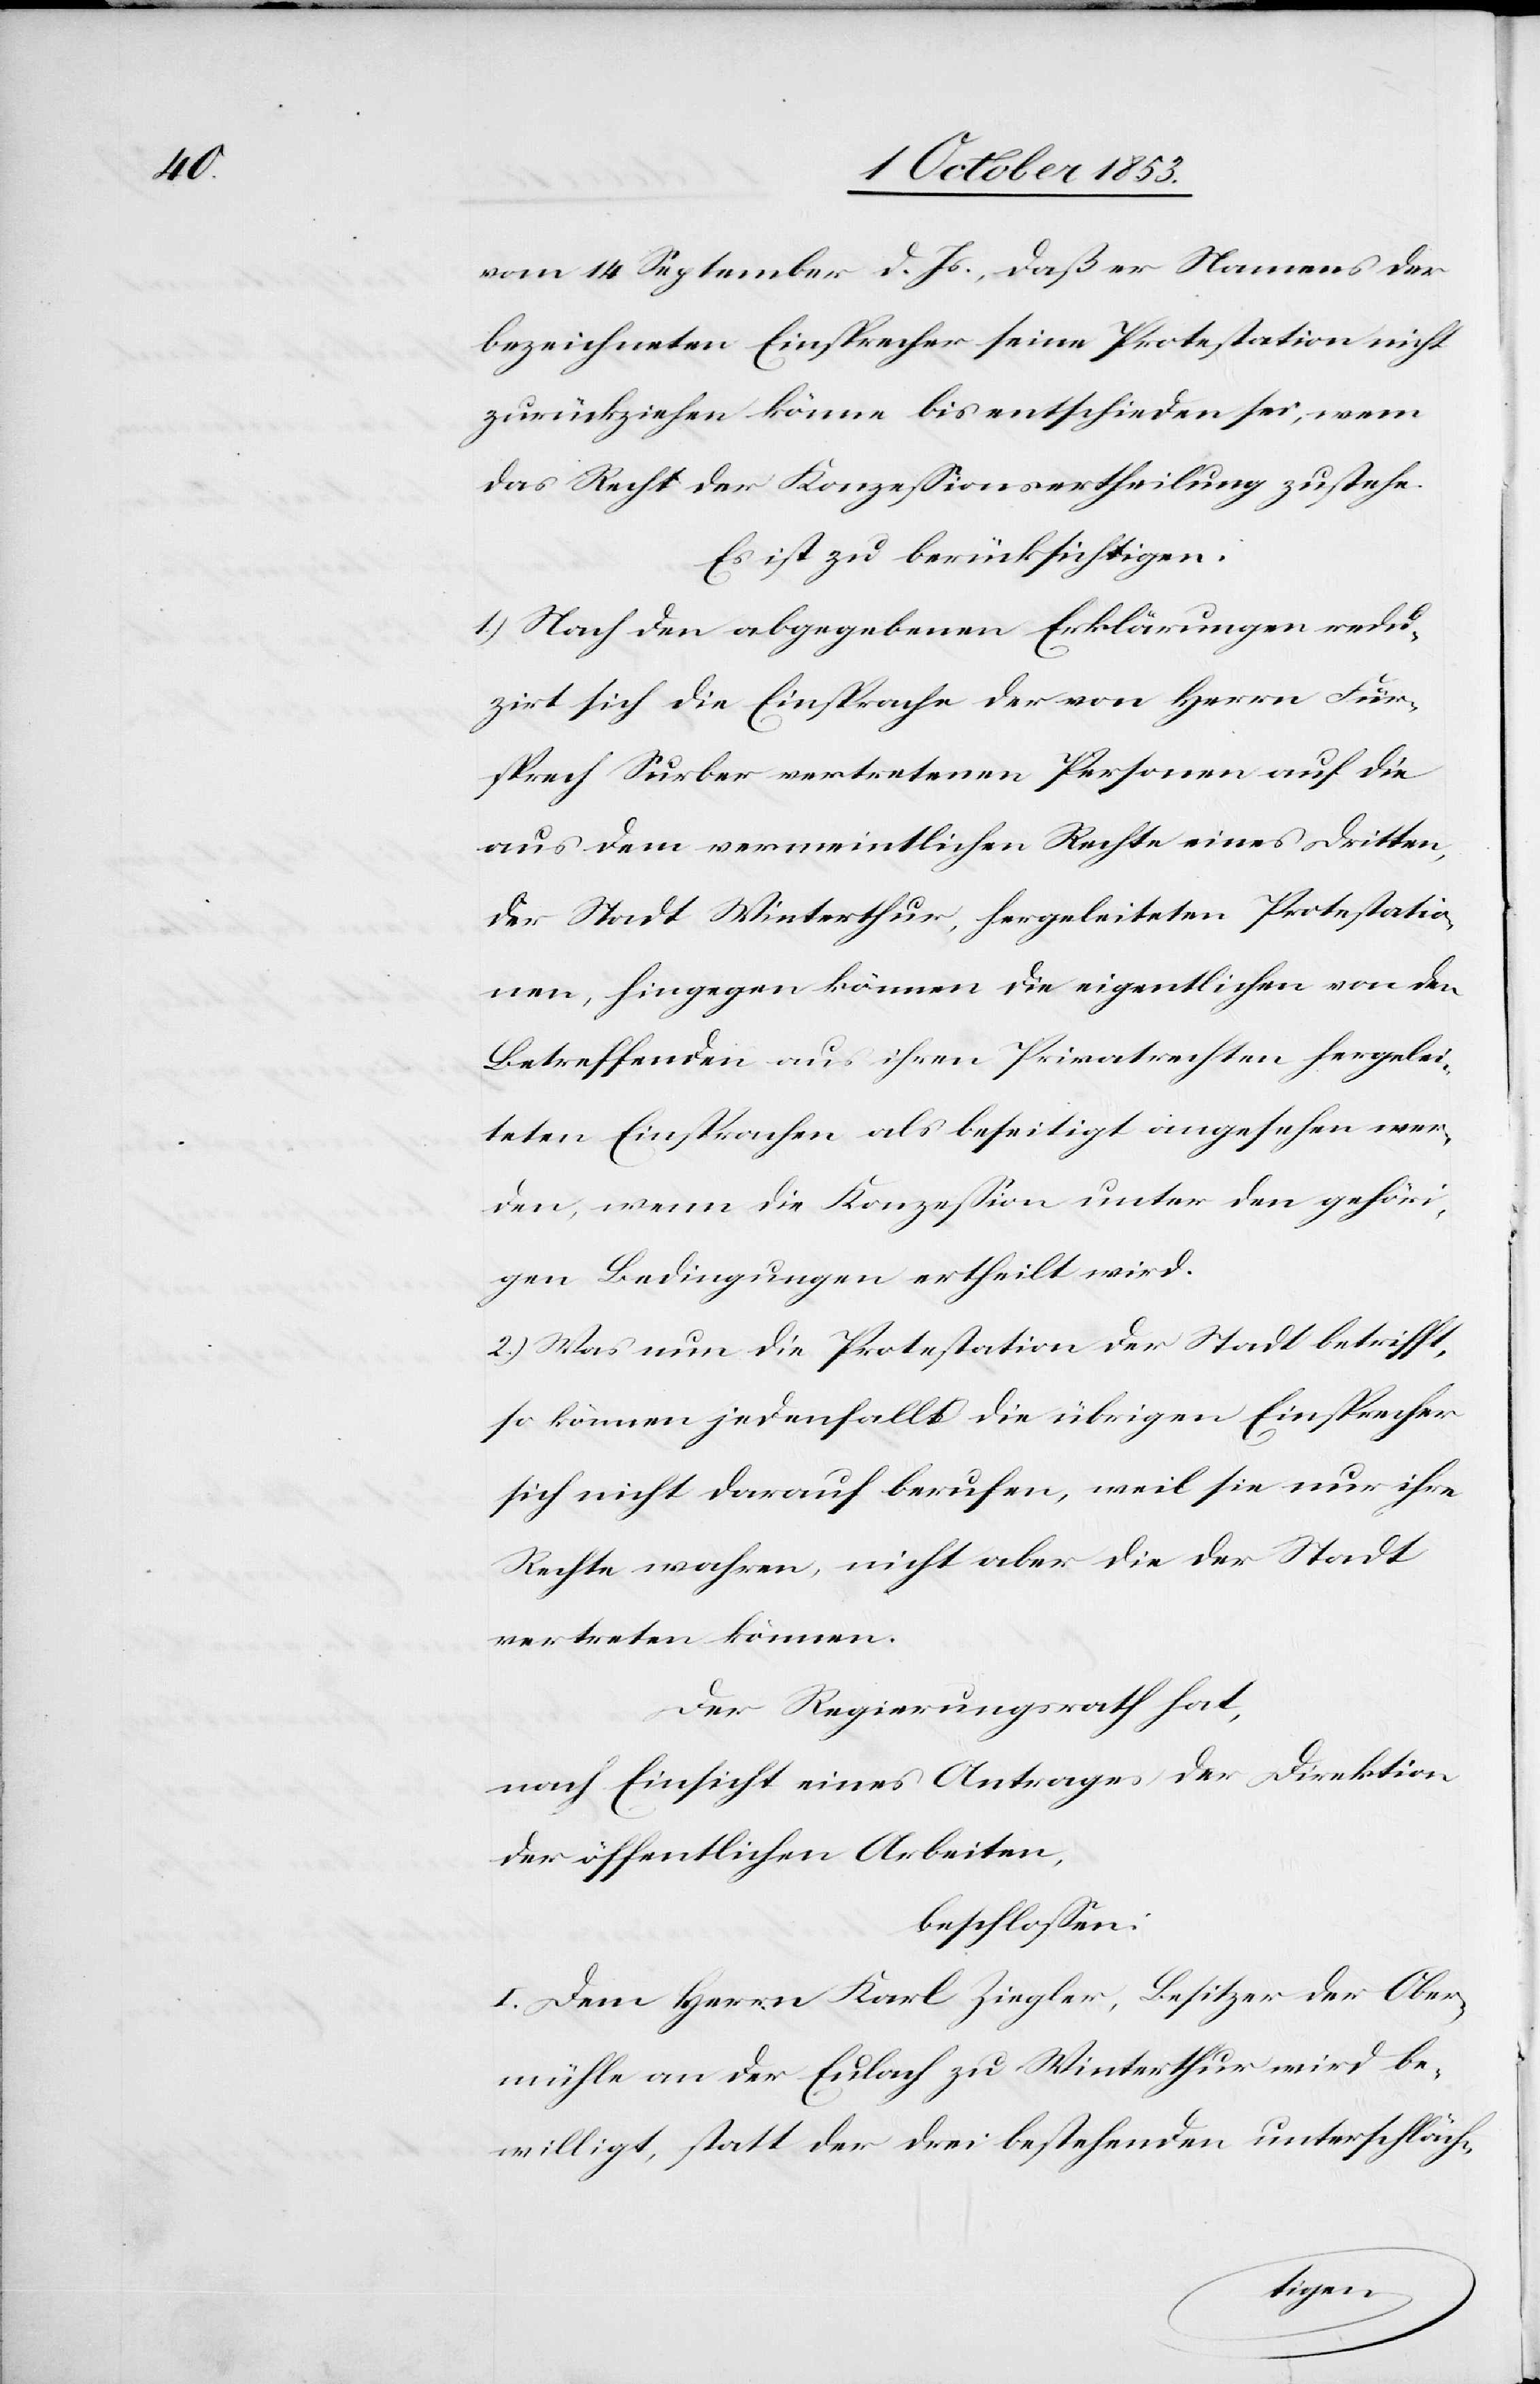
vom 14 September d. Js., daß er Namens der
bezeichneten Einsprecher seine Protestation nicht
zurückziehen könne bis entschieden sei, wem
das Recht der Konzeßionsertheilung zustehe.
Es ist zu berücksichtigen:
1) Nach den abgegebenen Erklärungen redu¬
zirt sich die Einsprache der von Herrn Für¬
sprech Surber vertretenen Personen auf die
aus dem vermeintlichen Rechte eines dritten,
der Stadt Winterthur, hergeleiteten Protestatio¬
nen, hingegen können die eigentlichen von den
Betreffenden aus ihren Privatrechten hergelei¬
teten Einsprachen als beseitigt angesehen wer¬
den, wenn die Konzeßion unter den gehöri¬
gen Bedingungen ertheilt wird.
2) Was nun die Protestation der Stadt betrifft,
so können jedenfalls die übrigen Einsprachen
sich nicht darauf berufen, weil sie nur ihre
Rechte wahren, nicht aber die der Stadt
vertreten können.
Der Regierungsrath hat,
nach Einsicht eines Antrages der Direktion
der öffentlichen Arbeiten,
beschloßen:
I. Dem Herrn Karl Ziegler, Besitzer der Au¬
mühle an der Eulach zu Winterthur wird be¬
willigt, statt der drei bestehenden unterschläch-